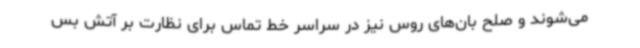
می‌شوند و صلح بان‌های روس نیز در سراسر خط تماس برای نظارت بر آتش بس